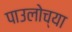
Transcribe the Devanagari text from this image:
पाउलोच्या